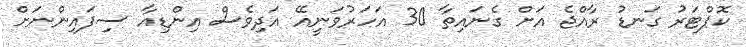
ކޮޕްޓަރު ގަނޑު ރާއްޖެ އަށް ގެނައިތާ 30 އަހަރުވަނީއޭ އަދިވެސް އިންޑިއާ ސިފައިންނަށް